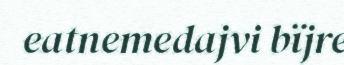
eatnemedajvi bïjre